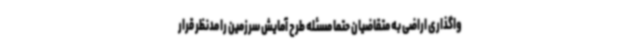
واگذاری اراضی به متقاضیان حتماً مسئله طرح آمایش سرزمین را مدنظر قرار